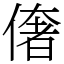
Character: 𠍽